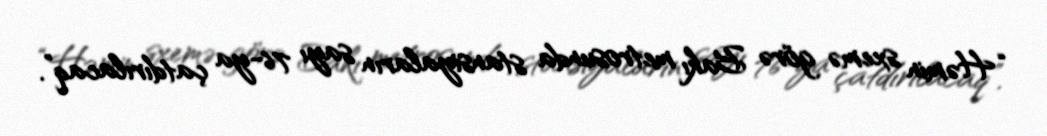
“Həmin sxemə görə Bakı metrosunda stansiyaların sayı 76-ya çatdırılacaq”.